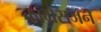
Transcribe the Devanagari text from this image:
कांग्रेसजन